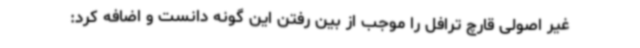
غیر اصولی قارچ ترافل را موجب از بین رفتن این گونه دانست و اضافه کرد: